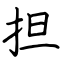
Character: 担